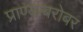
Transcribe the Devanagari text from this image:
प्राण्याबरोबर